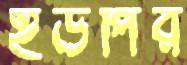
ইউপির